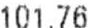
101.76